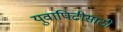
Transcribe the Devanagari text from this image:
युवापिढीसाठी